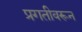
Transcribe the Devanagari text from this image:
प्रगतीवरून